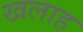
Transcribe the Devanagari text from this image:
खलाह